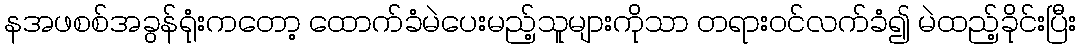
နအဖစစ်အခွန်ရုံးကတော့ ထောက်ခံမဲပေးမည့်သူများကိုသာ တရားဝင်လက်ခံ၍ မဲထည့်ခိုင်းပြီး